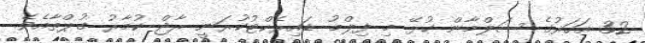
32 އަހަރުގެ ސަލްމާން ކުޅޭ މި ފިލްމު ޑައިރެކްޓުކުރަނީ ރާޖް ކުމާރު ގުޕްތާއެވެ.